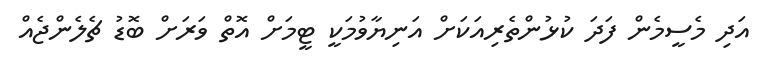
އަދި މެސީމެން ފަދަ ކުޅުންތެރިއަކަށް އަނިޔާވުމަކީ ޓީމަށް އޮތް ވަރަށް ބޮޑު ޗެލެންޖެއް